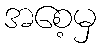
အစေ့မှ